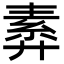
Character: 𢍣